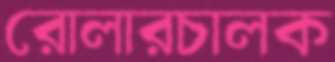
রোলারচালক